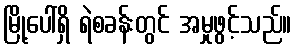
မြို့ပေါ်ရှိ ရဲစခန်းတွင် အမှုဖွင့်သည်။